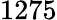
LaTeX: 1275